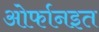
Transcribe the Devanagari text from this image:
ओर्फानइत